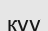
қуу